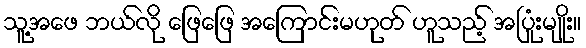
သူ့အဖေ ဘယ်လို ဖြေဖြေ အကြောင်းမဟုတ် ဟူသည့် အပြုံးမျိုး။